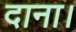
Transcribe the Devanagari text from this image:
दाना।